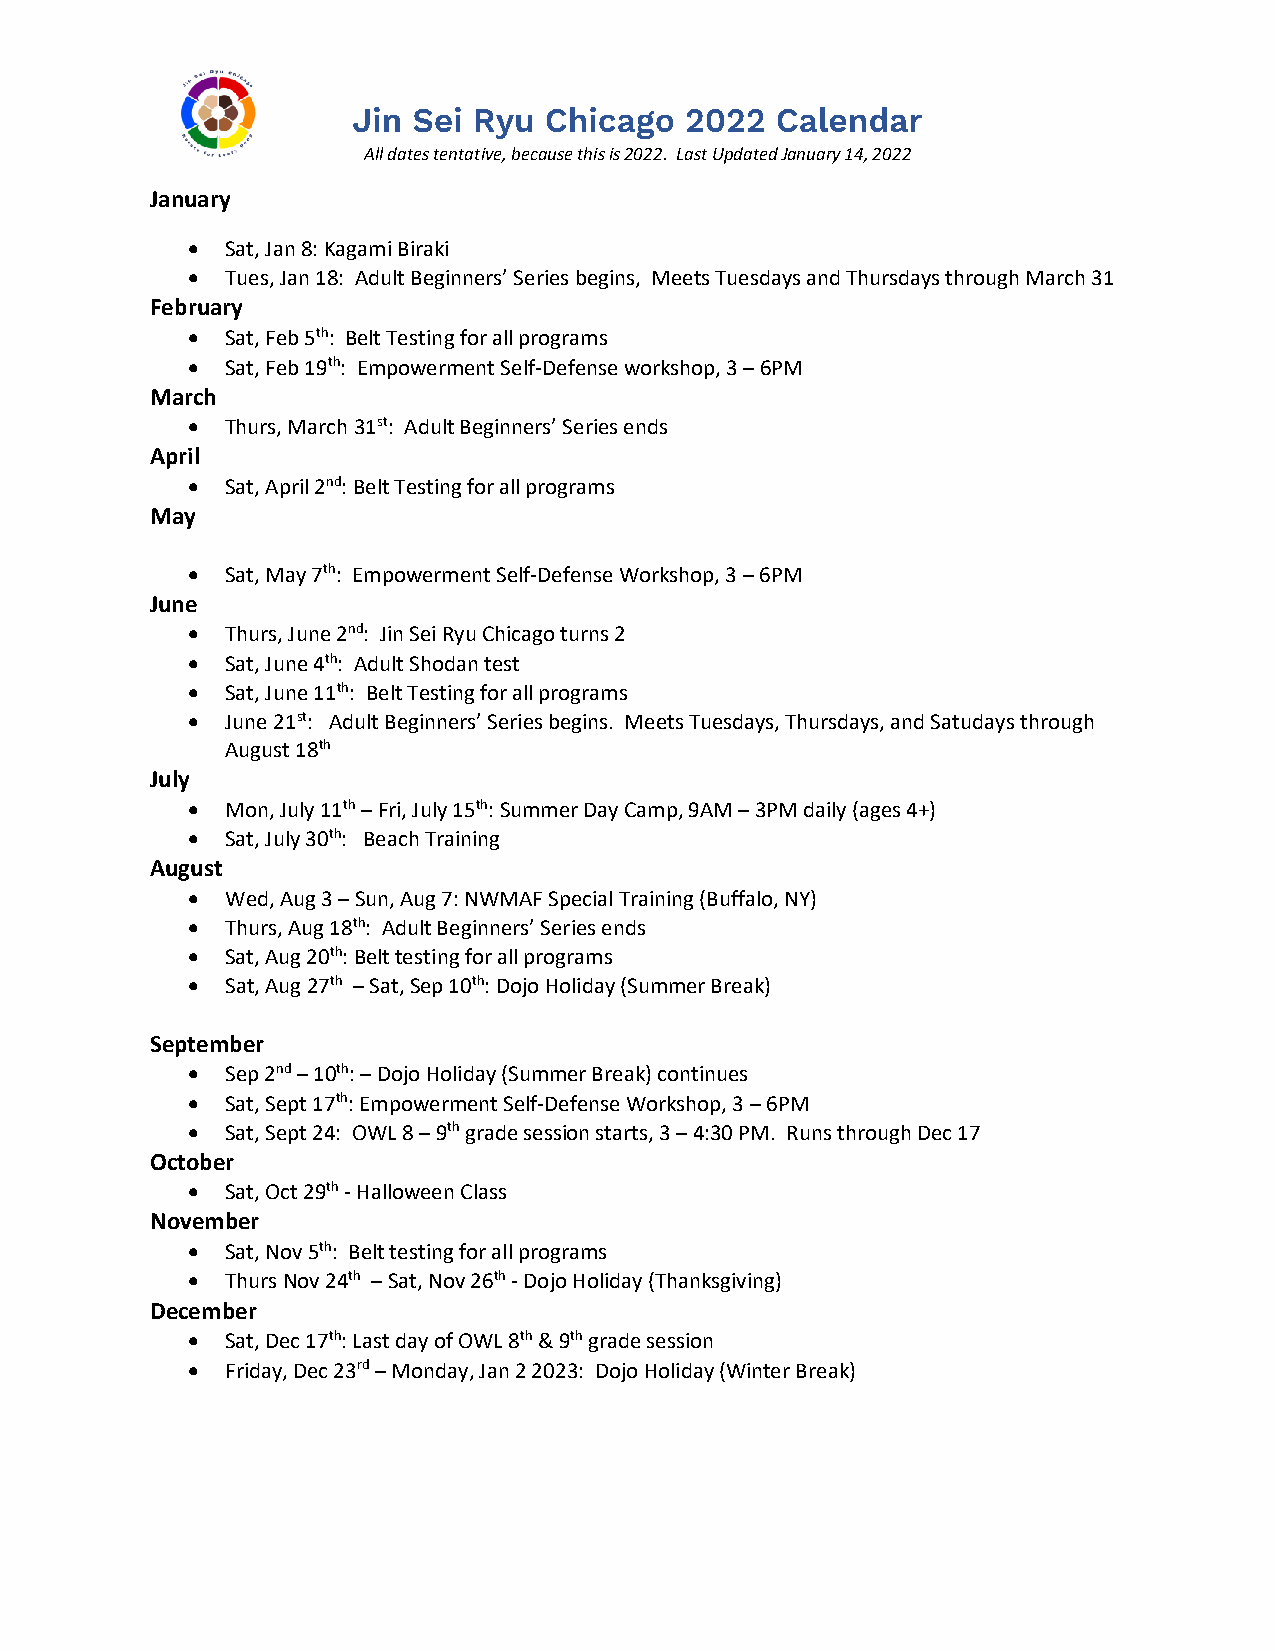
All dates tentative, because this is 2022. Last Updated January 14, 2022
 January
 •  Sat, Jan 8: Kagami Biraki
 •  Tues, Jan 18: Adult Beginners’ Series begins, Meets Tuesdays and Thursdays through March 31
 February
 •  Sat, Feb 5th: Belt Testing for all programs
 •  Sat, Feb 19th: Empowerment Self-Defense workshop, 3 – 6PM
 March
 •  Thurs, March 31st: Adult Beginners’ Series ends
 April
 •  Sat, April 2nd: Belt Testing for all programs
 May
 •  Sat, May 7th: Empowerment Self-Defense Workshop, 3 – 6PM
 June
 •  Thurs, June 2nd: Jin Sei Ryu Chicago turns 2
 •  Sat, June 4th: Adult Shodan test
 •  Sat, June 11th: Belt Testing for all programs
 •  June 21st: Adult Beginners’ Series begins. Meets Tuesdays, Thursdays, and Satudays through
 August 18th
 July
 •  Mon, July 11th – Fri, July 15th: Summer Day Camp, 9AM – 3PM daily (ages 4+)
 •  Sat, July 30th: Beach Training
 August
 •  Wed, Aug 3 – Sun, Aug 7: NWMAF Special Training (Buffalo, NY)
 •  Thurs, Aug 18th: Adult Beginners’ Series ends
 •  Sat, Aug 20th: Belt testing for all programs
 •  Sat, Aug 27th – Sat, Sep 10th: Dojo Holiday (Summer Break)
 September
 •  Sep 2nd – 10th: – Dojo Holiday (Summer Break) continues
 •  Sat, Sept 17th: Empowerment Self-Defense Workshop, 3 – 6PM
 •  Sat, Sept 24: OWL 8 – 9th grade session starts, 3 – 4:30 PM. Runs through Dec 17
 October
 •  Sat, Oct 29th - Halloween Class
 November
 •  Sat, Nov 5th: Belt testing for all programs
 •  Thurs Nov 24th – Sat, Nov 26th - Dojo Holiday (Thanksgiving)
 December
 •  Sat, Dec 17th: Last day of OWL 8th & 9th grade session
 •  Friday, Dec 23rd – Monday, Jan 2 2023: Dojo Holiday (Winter Break)